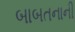
બાબતનાની